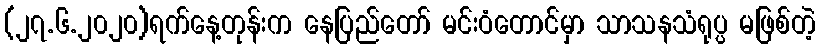
(၂၇.၆.၂၀၂၀)ရက်နေ့တုန်းက နေပြည်တော် မင်းဝံတောင်မှာ သာသနသံရုပ္ပ မဖြစ်တဲ့